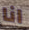
انا